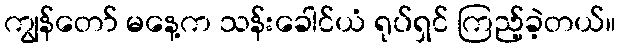
ကျွန်တော် မနေ့က သန်းခေါင်ယံ ရုပ်ရှင် ကြည့်ခဲ့တယ်။